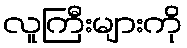
လူကြီးများကို